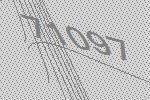
71097